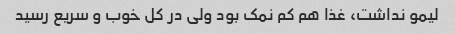
لیمو نداشت، غذا هم کم نمک بود ولی در کل خوب و سریع رسید